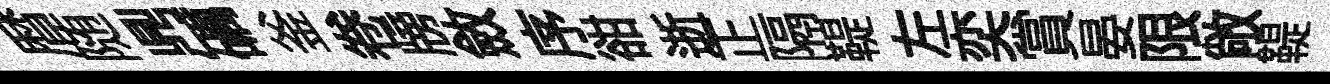
暦随𪔂礪釜卷牓斂序𧮳逝正隔鞮左奕賞晏限敞鞮